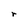
Character: r